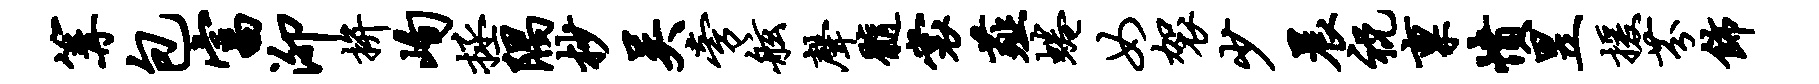
篝包富泖拚峋拯隅杪吴旁舷声髓裳薤蜷女袈少晨祝禀愤昱援芬饰